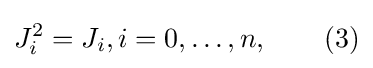
J_{i}^{2}=J_{i},i=0,\ldots ,n,\qquad (3)